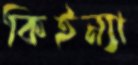
কিইন্যা